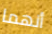
أنهما